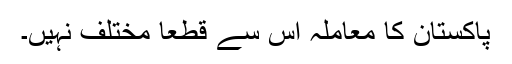
پاکستان کا معاملہ اس سے قطعاً مختلف نہیں۔